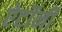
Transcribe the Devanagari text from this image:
ऐटॉर्नी